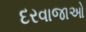
દરવાજાઓ